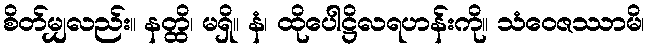
စိတ်မျှလည်း။ နတ္ထိ၊ မရှိ။ နံ၊ ထိုပေါဋ္ဌိလရဟန်းကို။ သံဝေဇဿာမိ၊